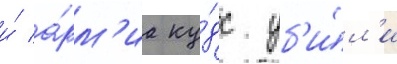
и́ а́рм'иа ку́дс уб'и́л'и